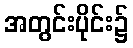
အတွင်းပိုင်း၌